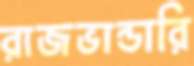
রাজভান্ডারি